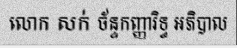
លោក សក់ ច័ន្ទកញ្ញារិទ្ធ អភិបាល